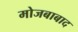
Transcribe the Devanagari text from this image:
मोजबाबाद